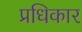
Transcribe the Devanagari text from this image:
प्रधिकार